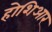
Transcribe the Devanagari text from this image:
होशिआर